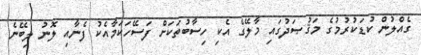
ގެއްލުން ކުޑަކުރުމުގެ މަޤުޞަދުގައި މާލޭގެ އެކި ހިސާބުތަކަށް ފަސޭހަކަމާއެކު ފެނާއި ލޮނު ލިބޭނެ